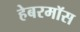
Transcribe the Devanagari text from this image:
हेबरमॉस